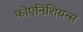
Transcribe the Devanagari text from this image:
फोएनिशियन्स